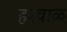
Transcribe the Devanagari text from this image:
हरवाळ